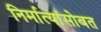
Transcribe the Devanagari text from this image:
निर्मात्यांसोबत